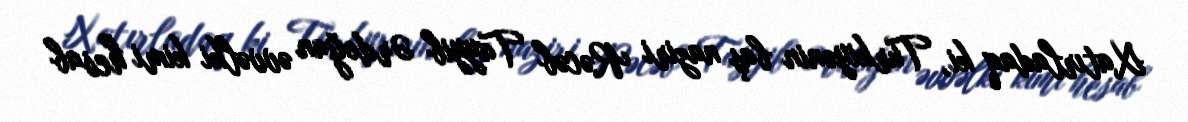
Xatırladaq ki, Türkiyənin baş naziri Rəcəb Tayyib Ərdoğan əvvəlki kimi hesab